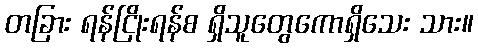
တခြား ရန်ငြိုးရန်စ ရှိသူတွေကောရှိသေး သား။